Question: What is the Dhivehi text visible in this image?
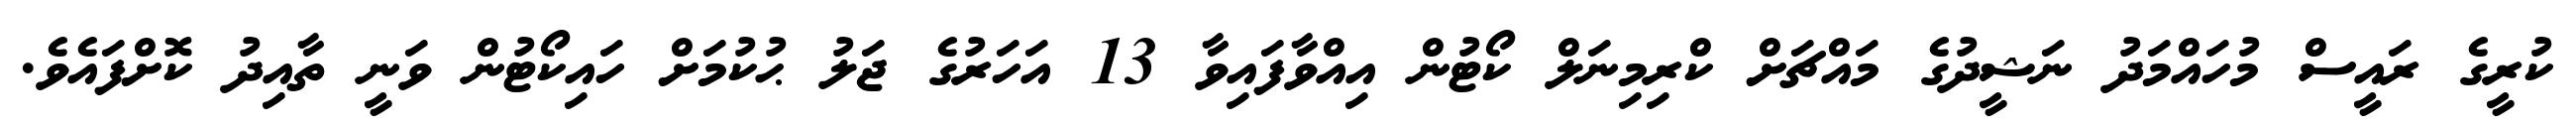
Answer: ކުރީގެ ރައީސް މުހައްމަދު ނަޝީދުގެ މައްޗަށް ކްރިމިނަލް ކޯޓުން އިއްވާފައިވާ 13 އަހަރުގެ ޖަލު ޙުކުމަށް ހައިކޯޓުން ވަނީ ތާއިދު ކޮށްފައެވެ.